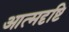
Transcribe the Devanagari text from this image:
आत्मदृष्टि